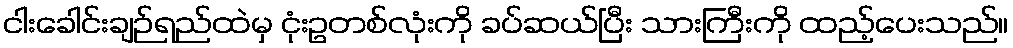
ငါးခေါင်းချဉ်ရည်ထဲမှ ငုံးဥတစ်လုံးကို ခပ်ဆယ်ပြီး သားကြီးကို ထည့်ပေးသည်။